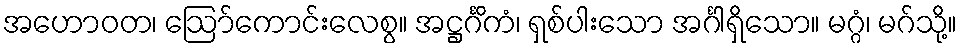
အဟောဝတ၊ ဩော်ကောင်းလေစွ။ အဋ္ဌင်္ဂိကံ၊ ရှစ်ပါးသော အင်္ဂါရှိသော။ မဂ္ဂံ၊ မဂ်သို့။